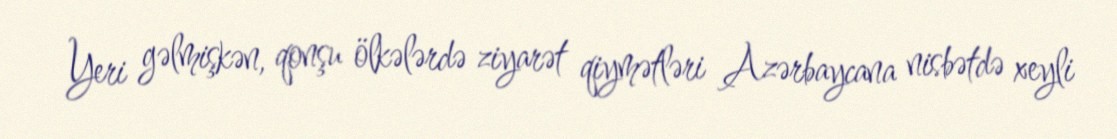
Yeri gəlmişkən, qonşu ölkələrdə ziyarət qiymətləri Azərbaycana nisbətdə xeyli